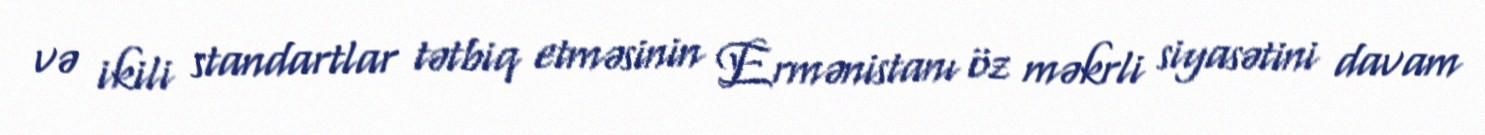
və ikili standartlar tətbiq etməsinin Ermənistanı öz məkrli siyasətini davam